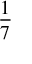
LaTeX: \frac { 1 } { 7 }